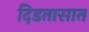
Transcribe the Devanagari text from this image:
दिडतासात